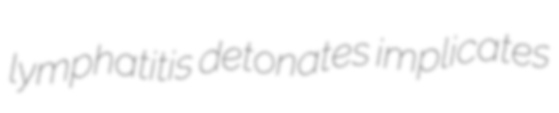
lymphatitis detonates implicates